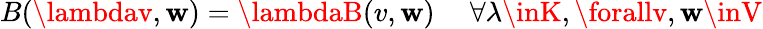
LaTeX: B(\lambdav,\mathbf{w})=\lambdaB(v,\mathbf{w})\ \quad\forall\lambda\inK,\forallv,\mathbf{w}\inV